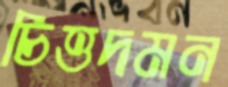
চিত্তদমন